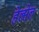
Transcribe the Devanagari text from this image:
हेल्सेल